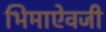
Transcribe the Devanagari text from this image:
भिमाऐवजी